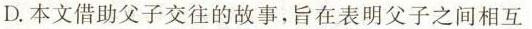
D.本文借助父子交往的故事，旨在表明父子之间相互